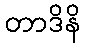
တာဒိနိ